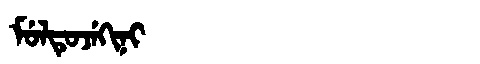
Manchu: ᠮᡠᠯᡨᡠᠵᡝᡴᡳᠨᡳ
Romanization: MULTUJEKINI